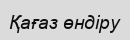
Қағаз өндіру